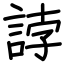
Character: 誖